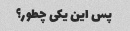
پس این یکی چطور؟